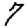
Digit: 7